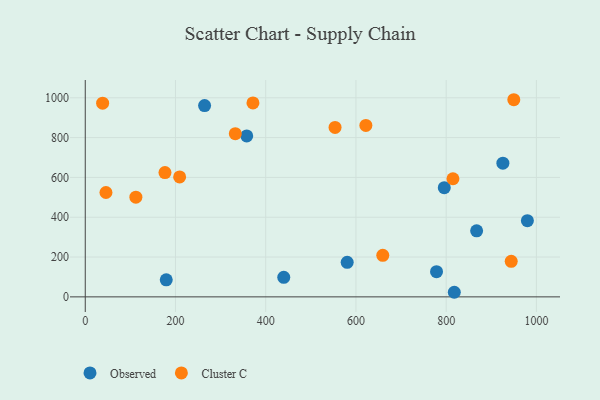
{"axis": {"x": "Distance", "y": "Sales"}, "legend": ["Cluster C", "Observed"], "data": [{"x": "795.8", "y": 548.6, "type": "Observed"}, {"x": "264.5", "y": 960.9, "type": "Observed"}, {"x": "867.5", "y": 331.7, "type": "Observed"}, {"x": "778.6", "y": 126.4, "type": "Observed"}, {"x": "440.0", "y": 98.4, "type": "Observed"}, {"x": "818.0", "y": 23.1, "type": "Observed"}, {"x": "980.0", "y": 382.6, "type": "Observed"}, {"x": "179.5", "y": 85.7, "type": "Observed"}, {"x": "357.9", "y": 808.3, "type": "Observed"}, {"x": "580.6", "y": 173.5, "type": "Observed"}, {"x": "925.7", "y": 671.4, "type": "Observed"}, {"x": "112.2", "y": 500.9, "type": "Cluster C"}, {"x": "371.7", "y": 974.0, "type": "Cluster C"}, {"x": "949.9", "y": 990.2, "type": "Cluster C"}, {"x": "944.2", "y": 178.5, "type": "Cluster C"}, {"x": "815.0", "y": 593.2, "type": "Cluster C"}, {"x": "553.7", "y": 851.2, "type": "Cluster C"}, {"x": "45.9", "y": 524.2, "type": "Cluster C"}, {"x": "659.5", "y": 208.5, "type": "Cluster C"}, {"x": "209.2", "y": 602.4, "type": "Cluster C"}, {"x": "622.0", "y": 860.9, "type": "Cluster C"}, {"x": "332.6", "y": 819.7, "type": "Cluster C"}, {"x": "38.5", "y": 973.1, "type": "Cluster C"}, {"x": "176.7", "y": 624.3, "type": "Cluster C"}]}